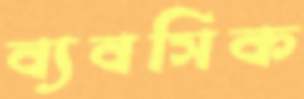
ব্যবসিক